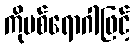
ကိုဗစ်ရောဂါဖြင့်